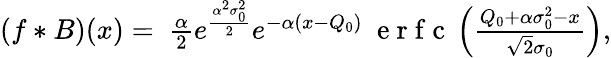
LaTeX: \begin{array}{r}{(f*B)(x)=\ \frac{\alpha}{2}e^{\frac{\alpha^{2}\sigma_{0}^{2}}{2}}e^{-\alpha(x-Q_{0})}\ \mathrm{~e~r~f~c~}\left(\frac{Q_{0}+\alpha\sigma_{0}^{2}-x}{\sqrt{2}\sigma_{0}}\right),}\end{array}